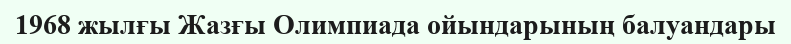
1968 жылғы Жазғы Олимпиада ойындарының балуандары